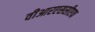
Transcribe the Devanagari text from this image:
वीआरएससीएफ